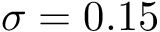
\sigma = 0 . 1 5